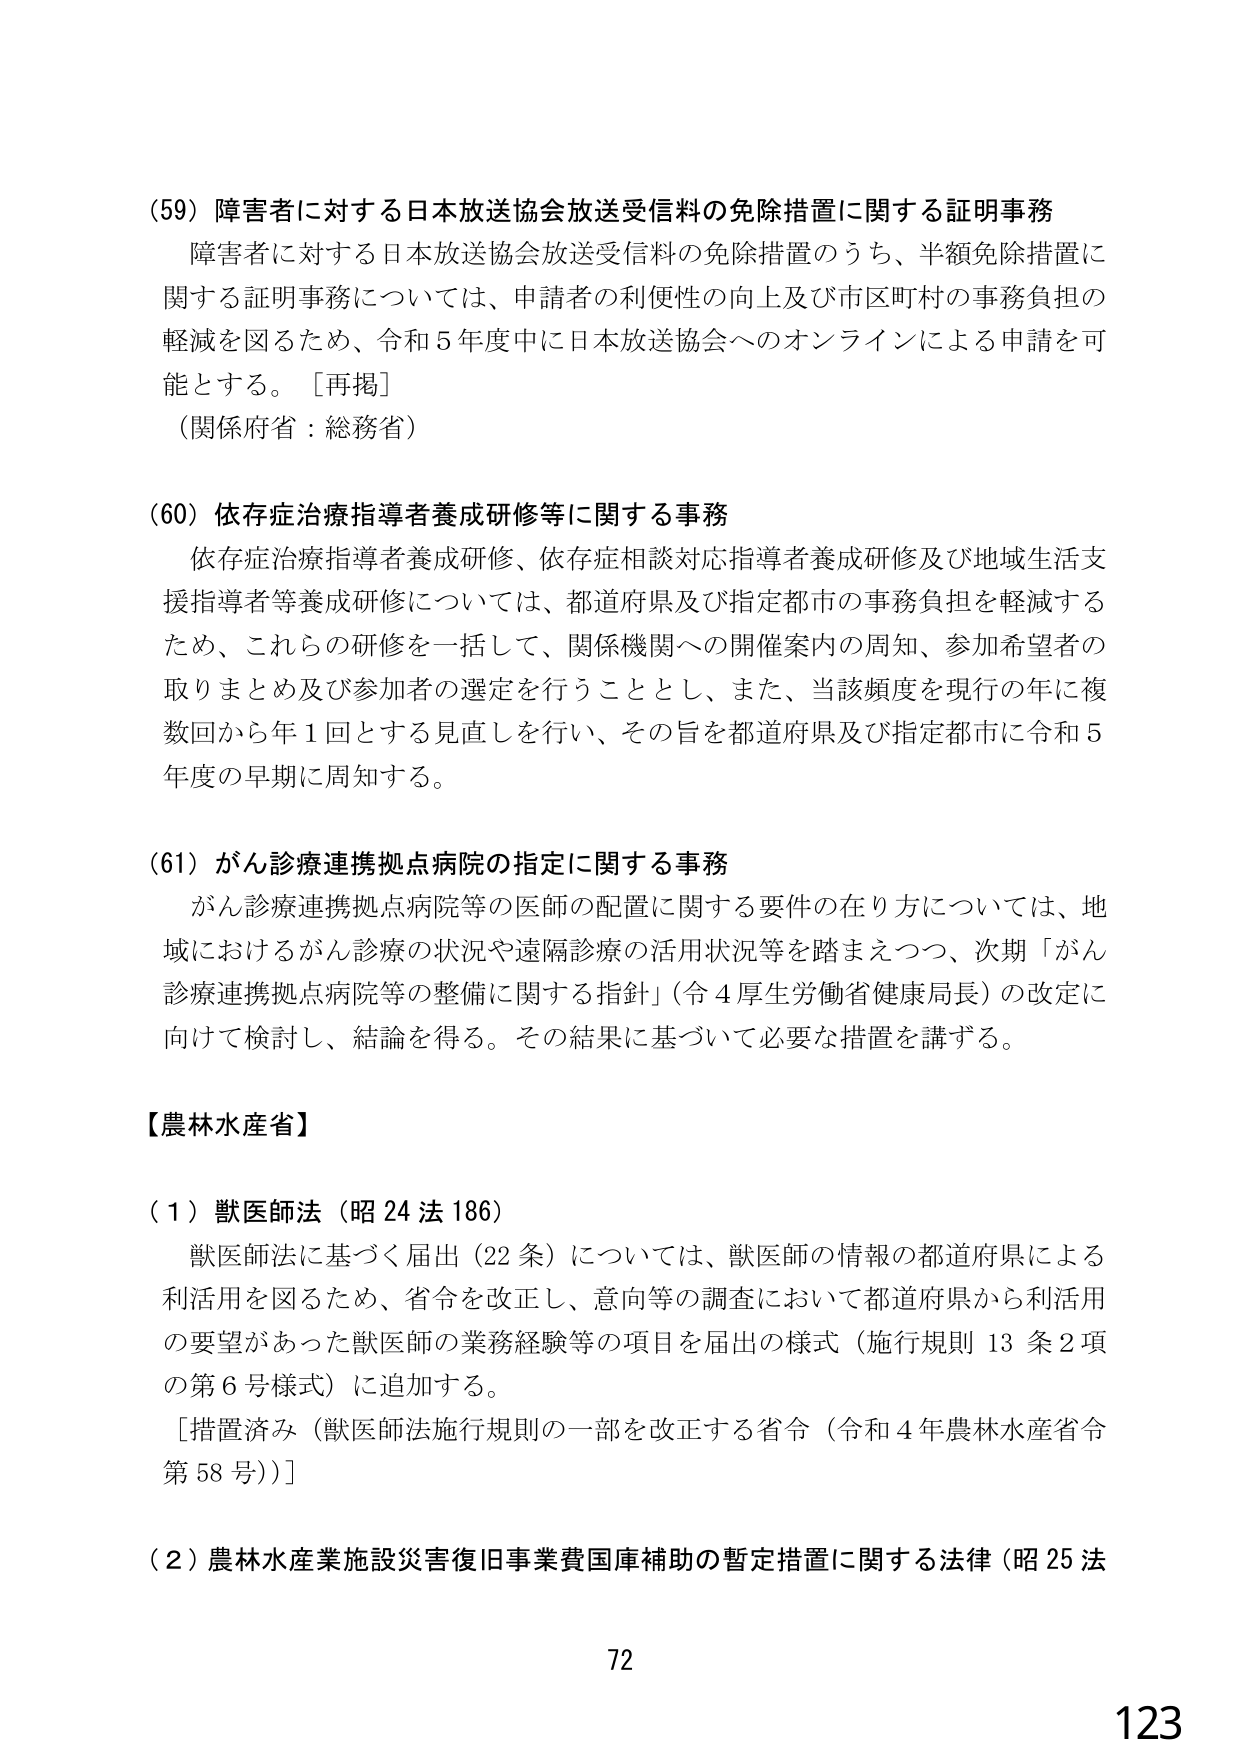
(59) 障害者に対する日本放送協会放送受信料の免除措置に関する証明事務
障害者に対する日本放送協会放送受信料の免除措置のうち、半額免除措置に関する証明事務については、申請者の利便性の向上及び市区町村の事務負担の軽減を図るため、令和5年度中に日本放送協会へのオンラインによる申請を可能とする。［再掲］
（関係府省：総務省）

(60) 依存症治療指導者養成研修等に関する事務
依存症治療指導者養成研修、依存症相談対応指導者養成研修及び地域生活支援指導者等養成研修については、都道府県及び指定都市の事務負担を軽減するため、これらの研修を一括して、関係機関への開催案内の周知、参加希望者の取りまとめ及び参加者の選定を行うこととし、また、当該頻度を現行の年に複数回から年1回とする見直しを行い、その旨を都道府県及び指定都市に令和5年度の早期に周知する。

(61) がん診療連携拠点病院の指定に関する事務
がん診療連携拠点病院等の医師の配置に関する要件の在り方については、地域におけるがん診療の状況や遠隔診療の活用状況等を踏まえつつ、次期「がん診療連携拠点病院等の整備に関する指針」（令4厚生労働省健康局長）の改定に向けて検討し、結論を得る。その結果に基づいて必要な措置を講ずる。

【農林水産省】

(1) 獣医師法（昭24法186）
獣医師法に基づく届出（22条）については、獣医師の情報の都道府県による利活用を図るため、省令を改正し、意向等の調査において都道府県から利活用の要望があった獣医師の業務経験等の項目を届出の様式（施行規則13条2項の第6号様式）に追加する。
［措置済み（獣医師法施行規則の一部を改正する省令（令和4年農林水産省令第58号））］

(2) 農林水産業施設災害復旧事業費国庫補助の暫定措置に関する法律（昭25法

72
123